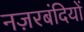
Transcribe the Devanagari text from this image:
नज़रबंदियों